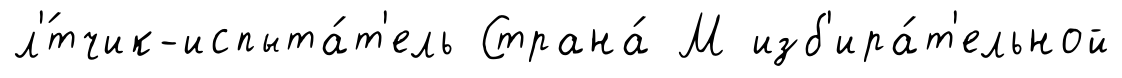
л'́тчик-испыта́т'ель Страна́ М изб'ира́т'ельной